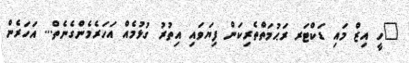
"ހީ އިޒް މައި ޑަކްޓަރ ރަޙުމަތްތެރިކަން ފިޔަވައި އިތުރު ގުޅުމެއް އަހަރެމެންގެނެތް... އަހަރެން